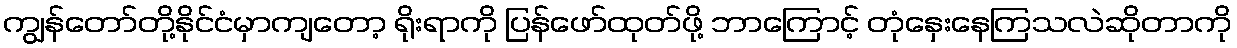
ကျွန်တော်တို့နိုင်ငံမှာကျတော့ ရိုးရာကို ပြန်ဖော်ထုတ်ဖို့ ဘာကြောင့် တုံနှေးနေကြသလဲဆိုတာကို